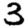
Digit: 3